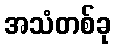
အသံတစ်ခု